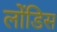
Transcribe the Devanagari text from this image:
लोंडिस